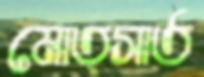
মোত্সার্ত